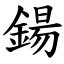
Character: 鍚